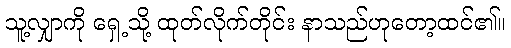
သူ့လျှာကို ရှေ့သို့ ထုတ်လိုက်တိုင်း နာသည်ဟုတော့ထင်၏။